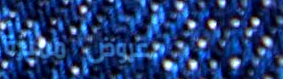
عروض مميزة